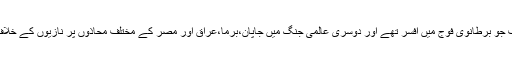
حاجی محمد یوسف جو برطانوی فوج میں افسر تھے اور دوسری عالمی جنگ میں جاپان،برما،عراق اور مصر کے مختلف محاذوں پر نازیوں کے خلاف نبرد آزما رہے۔